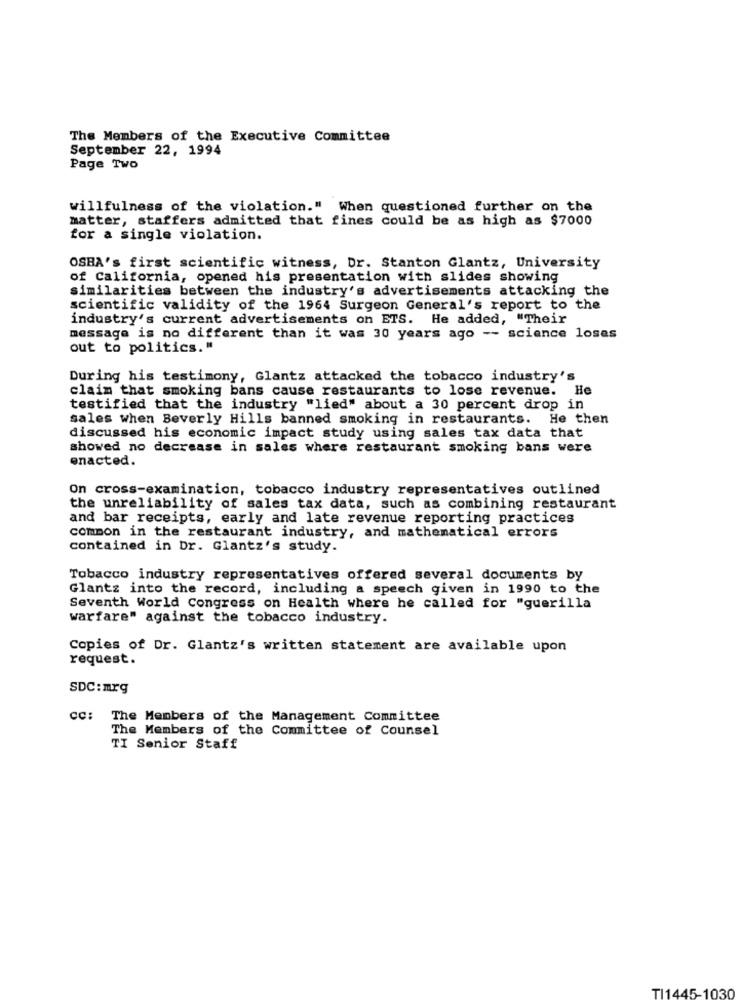
The Members of the Executive Committee
September 22, 1994
Page Two
willfulness of the violation." When questioned further on the
matter, staffers admitted that fines could be as high as $7000
for a single violation.
OSBA's first scientific witness, Dr. Stanton Glantz, University
of California, opened his presentation with slides showing
similarities between the industry's advertisements attacking the
scientific validity of the 1964 Surgeon General's report to the
industry's current advertisements on ETS. He added, "Their
message is no different than it was 30 years ago -- science loses
out to politics."
During his testimony, Glantz attacked the tobacco industry's
claim that smoking bans cause restaurants to lose revenue. He
testified that the industry "lied" about a 30 percent drop in
sales when Beverly Hills banned smoking in restaurants. He then
discussed his economic impact study using sales tax data that
showed no decrease in sales where restaurant smoking bans were
enacted.
On cross-examination, tobacco industry representatives outlined
the unreliability of sales tax data, such as combining restaurant
and bar receipts, early and late revenue reporting practices
common in the restaurant industry, and mathematical errors
contained in Dr. Glantz's study.
Tobacco industry representatives offered several documents by
Glantz into the record, including a speech given in 1990 to the
Seventh World Congress on Health where he called for "guerilla
warfare" against the tobacco industry.
Copies of Dr. Glantz's written statement are available upon
request.
SDC: mrg
CC:
The Members of the Management Committee
The Members of the Committee of Counsel
TI Senior Staff
TI1445-1030